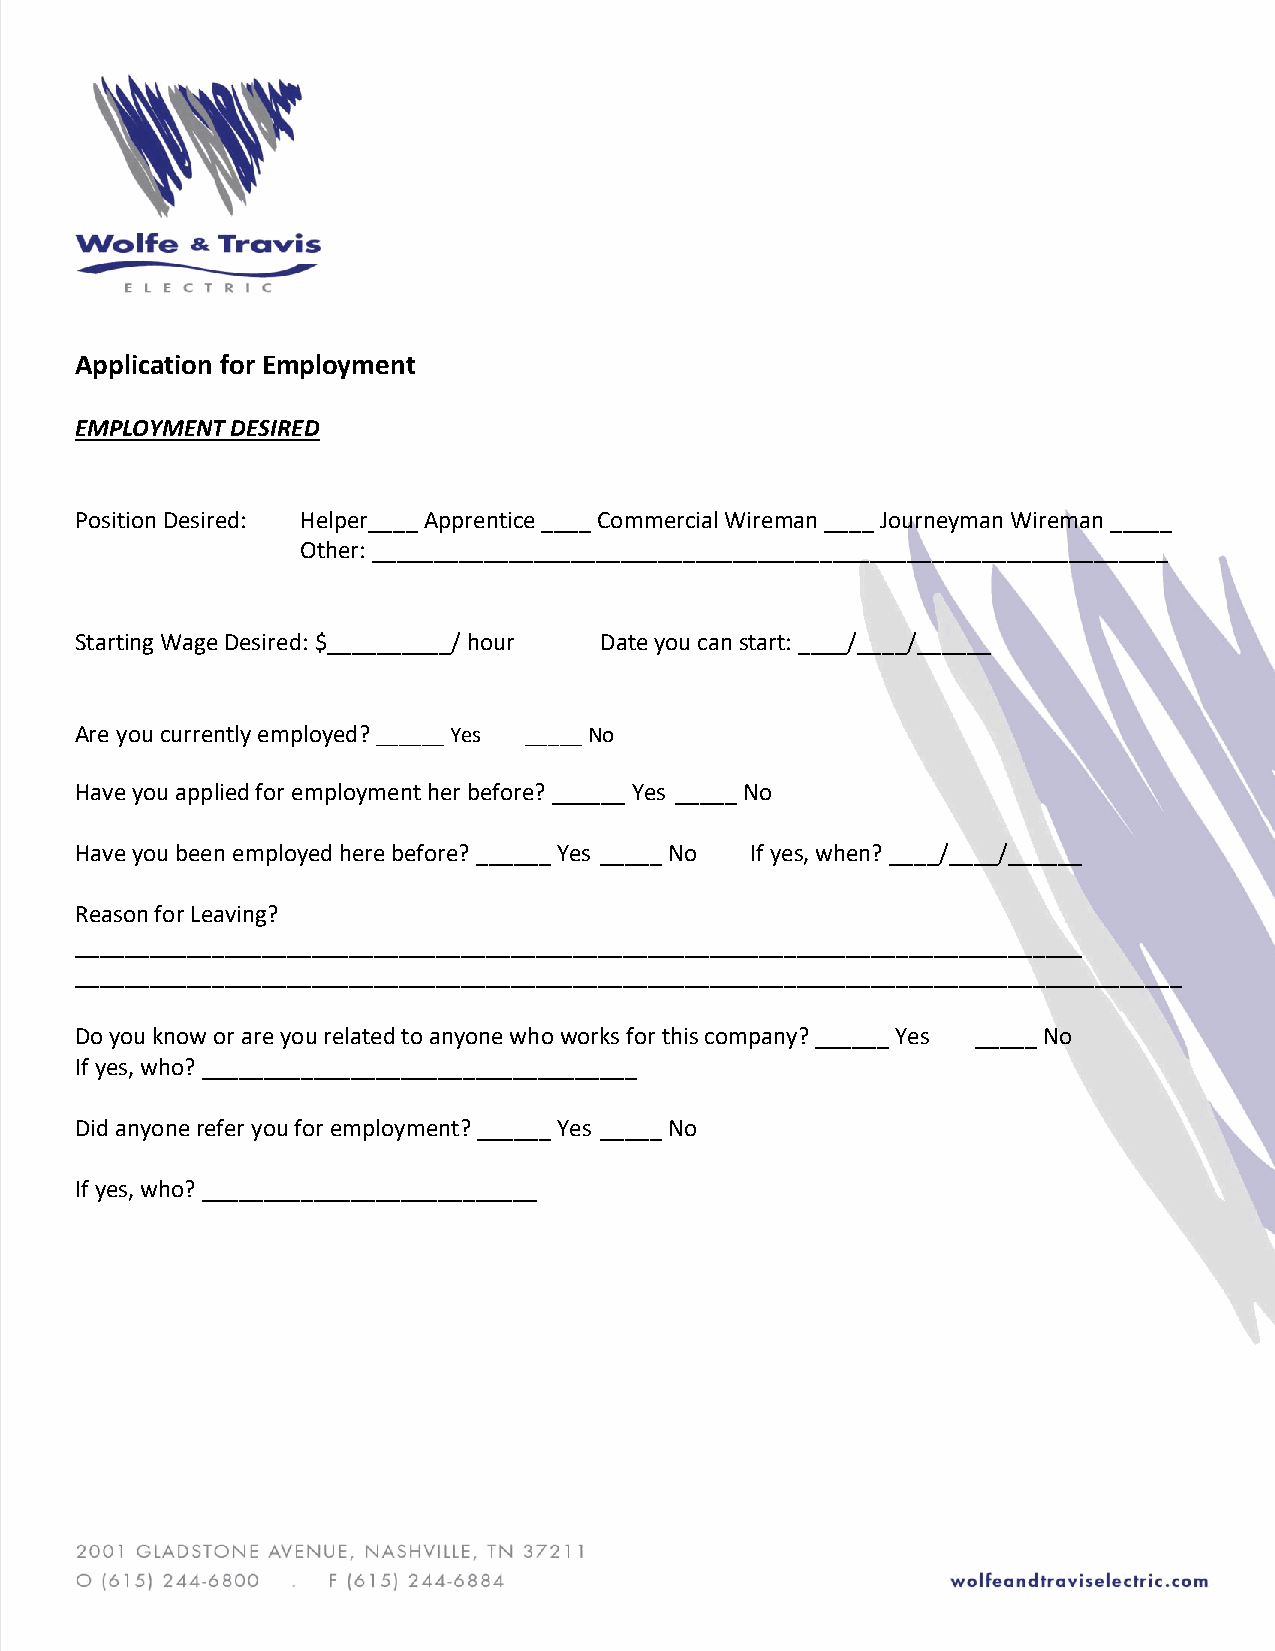
Application for Employment
 EMPLOYMENT DESIRED
 Position Desired: Helper____ Apprentice ____ Commercial Wireman ____ Journeyman Wireman _____
 Other: ________________________________________________________________
 Starting Wage Desired: $__________/ hour Date you can start: ____/____/______
 Are you currently employed? ______ Yes _____ No
 Have you applied for employment her before? ______ Yes _____ No
 Have you been employed here before? ______ Yes _____ No If yes, when? ____/____/______
 Reason for Leaving?
 _________________________________________________________________________________
 _________________________________________________________________________________________
 Do you know or are you related to anyone who works for this company? ______ Yes _____ No
 If yes, who? ___________________________________
 Did anyone refer you for employment? ______ Yes _____ No
 If yes, who? ___________________________